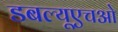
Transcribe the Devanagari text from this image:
डबल्यूएचओ